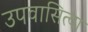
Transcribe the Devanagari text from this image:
उपवासित्वा